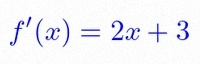
f'(x)=2x+3